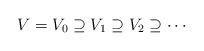
LaTeX: \begin{align*} V = V_0 \supseteq V_1 \supseteq V_2 \supseteq \cdots\end{align*}